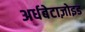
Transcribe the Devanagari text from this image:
अर्धबेटाज़ोइड